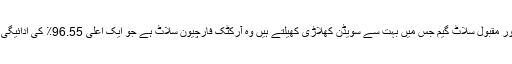
96.62٪ اور ایک اور مقبول سلاٹ گیم جس میں بہت سے سویڈن کھلاڑی کھیلتے ہیں وہ آرکٹک فارچیون سلاٹ ہے جو ایک اعلی 96.55٪ کی ادائیگی فیصد پیش کرتا ہے۔